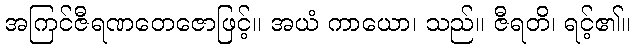
အကြင်ဇီရဏတေဇောဖြင့်။ အယံ ကာယော၊ သည်။ ဇီရတိ၊ ရင့်၏။